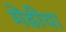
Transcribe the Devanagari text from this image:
मेंढींचा